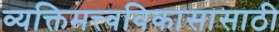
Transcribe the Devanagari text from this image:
व्यक्तिमत्त्वविकासासाठी